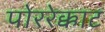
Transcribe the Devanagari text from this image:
पोररेक्काट